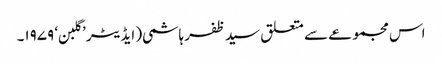
اس مجموعے سے متعلق سید ظفر ہاشمی( ایڈیٹر ’گلبن‘ ۱۹۷۹۔